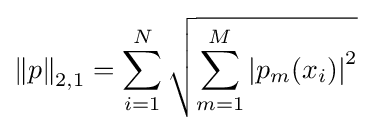
\left\Vert p\right\Vert _{2,1}=\sum _{i=1}^{N}{\sqrt {\sum _{m=1}^{M}\left\vert p_{m}(x_{i})\right\vert ^{2}}}